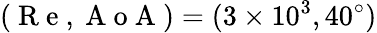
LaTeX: (\mathrm{~R~e~},\mathrm{~A~o~A~})=(3\times 10^{3},40^{\circ})